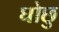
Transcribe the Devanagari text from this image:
घोछु